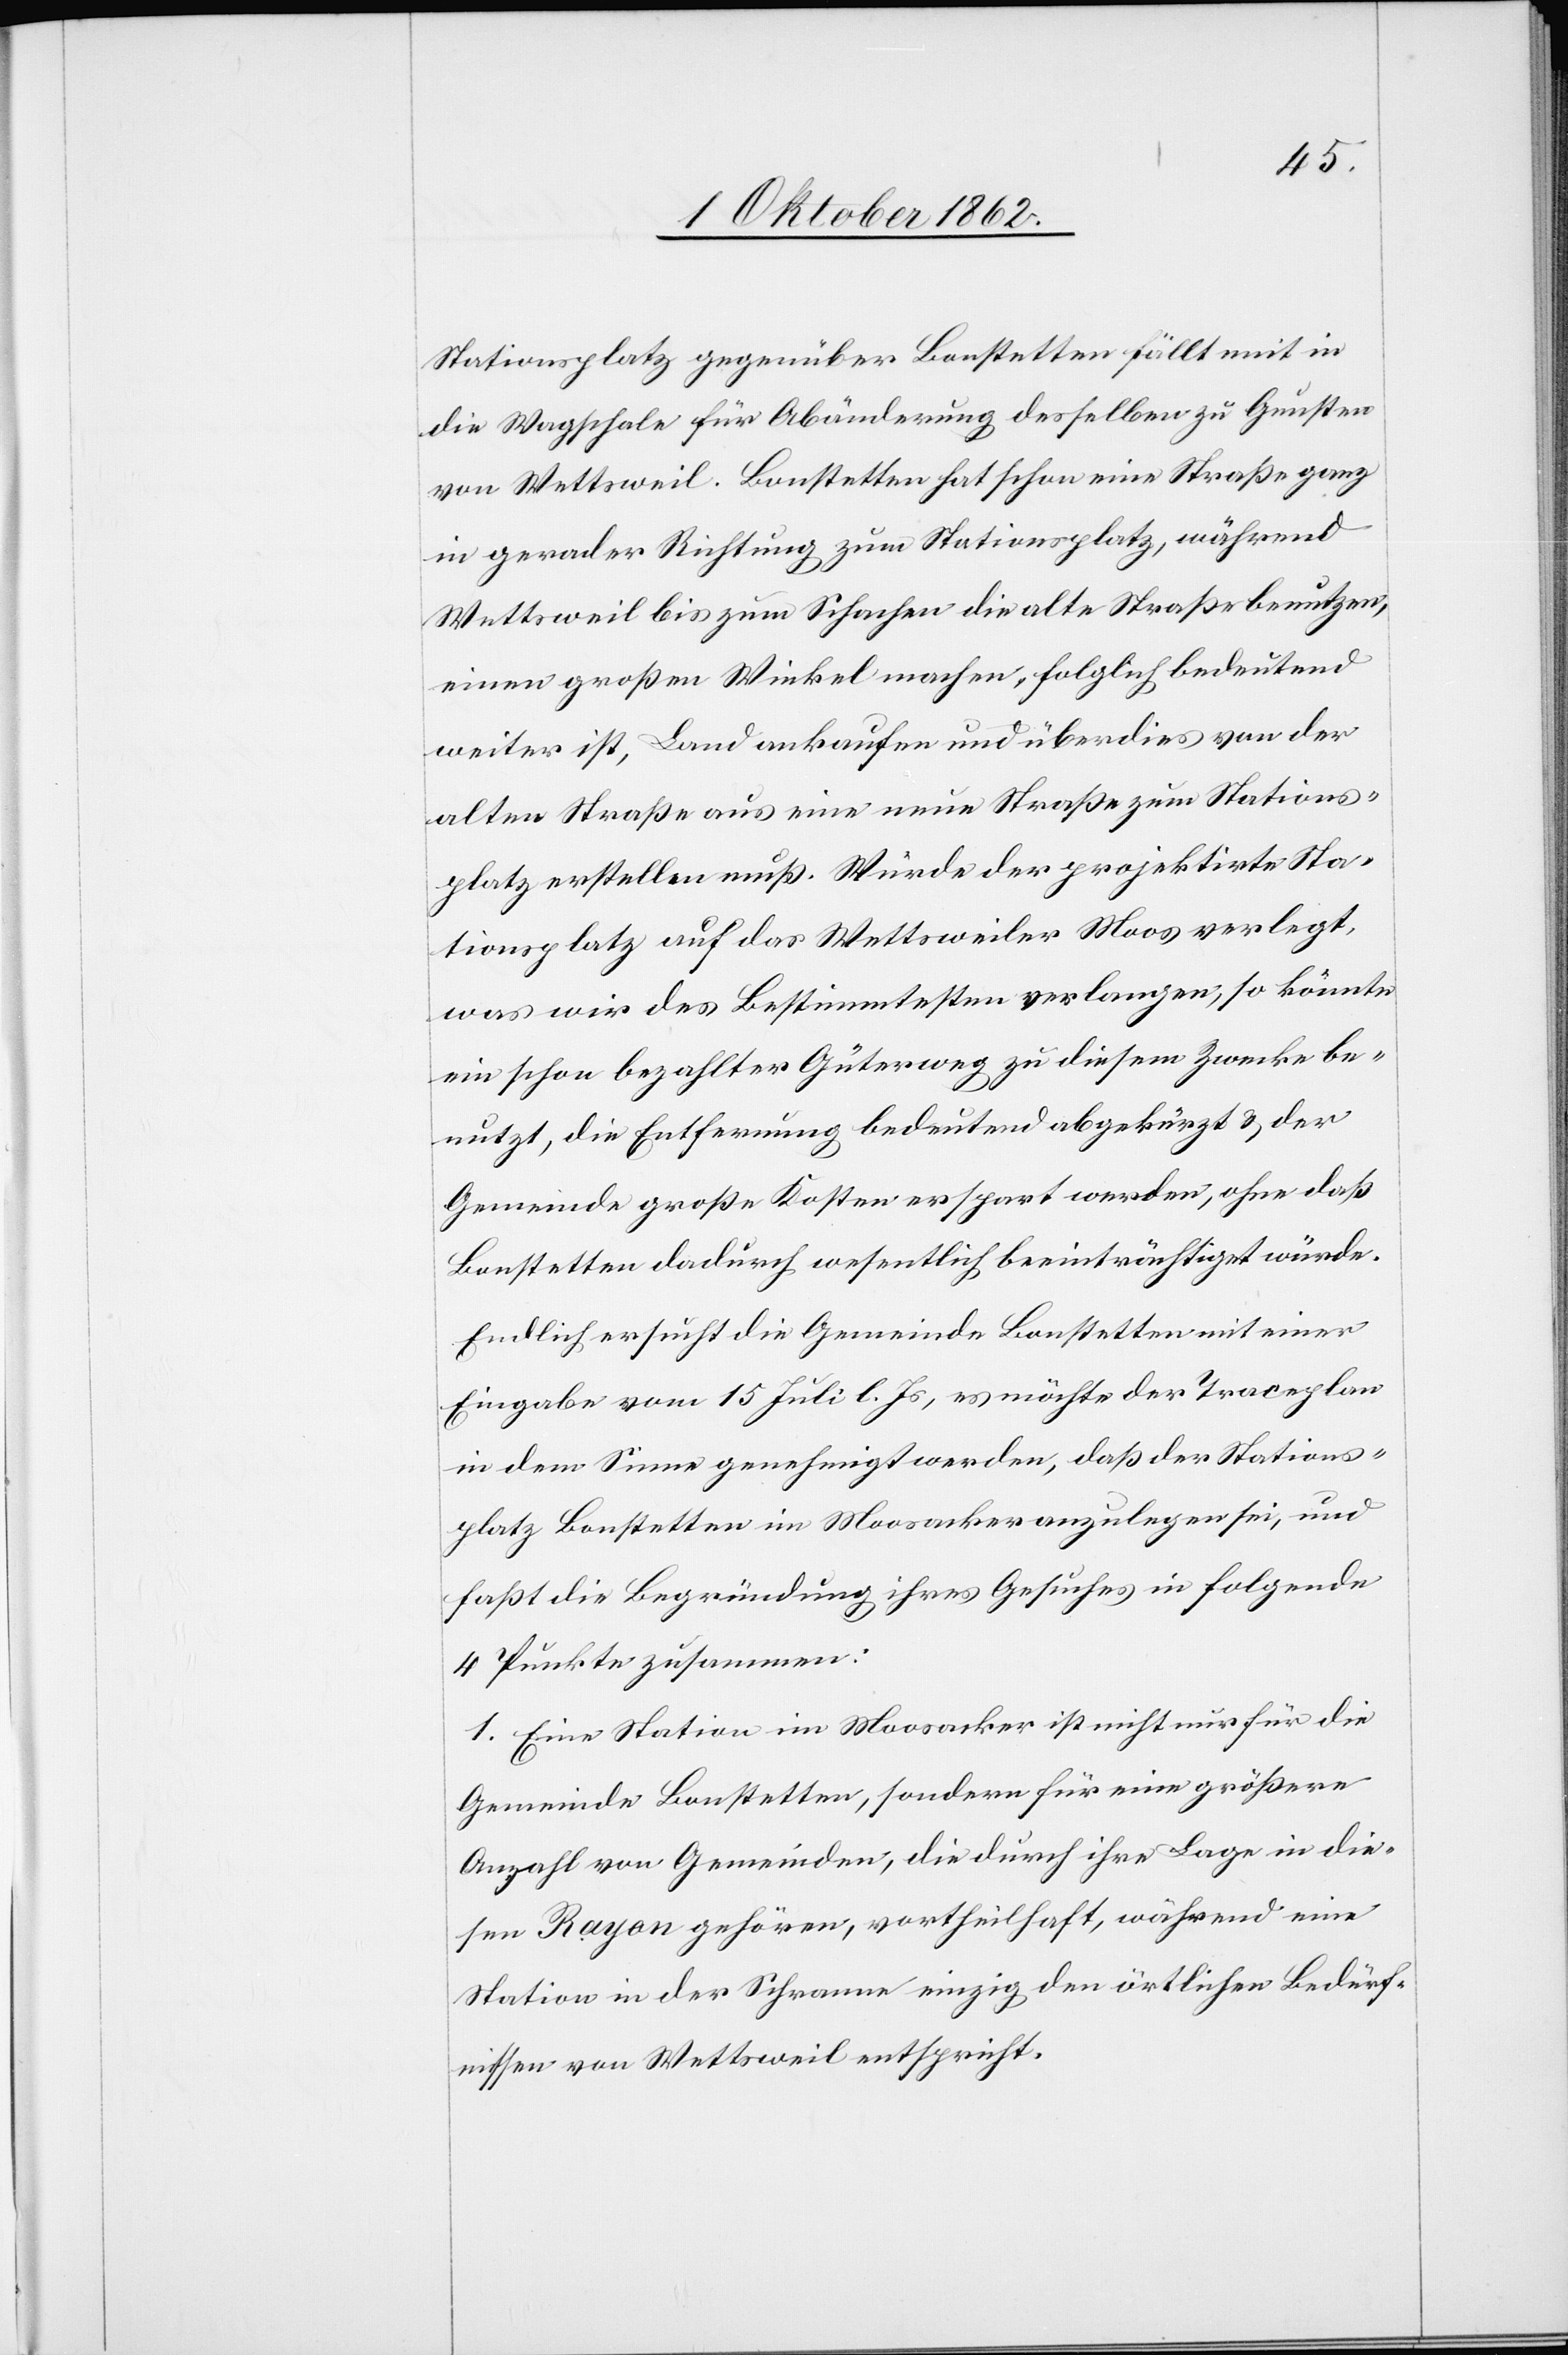
Stationsplatz gegenüber Bonstetten fällt mit in
die Wagschale für Abänderung desselben zu Gunsten
von Wettsweil. Bonstetten hat schon eine Straße ganz
in gerader Richtung zum Stationsplatz, während
Wettsweil bis zum Schachen die alte Straße benutzen,
einen großen Winkel machen, sorgfältig bedeutend
weiter ist, Land ankaufen und überdies von der
alten Straße aus eine neue Straße zum Stations¬
platz erstellen muß. Würde der projektirte Sta¬
tionsplatz auf das Wettsweiler Moos verlegt,
was wir des Bestimmtesten verlangen, so könnte
ein schon bezahlter Güterweg zu diesem Zwecke be¬
nutzt, die Entfernung bedeutend abgekürzt u. der
Gemeinde große Kosten erspart werden, ohne daß
Bonstetten dadurch wesentlich beeinträchtigt würde.
Endlich sucht die Gemeinde Bonstetten mit einer
Eingabe vom 15. Juli l. Js., es möchte der Traceplan
in dem Sinne genehmigt werden, daß der Stations¬
platz Bonstetten in Moosacker anzulegen sei, und
faßt die Begründung ihres Gesuches in folgende
4 Punkte zusammen:
1. Eine Station im Moosacker ist nicht nur für die
Gemeinde Bonstetten, sondern für eine größere
Anzahl von Gemeinden, die durch ihre Lage in die¬
sen Rayon gehören, vortheilhaft, während eine
Station in der Schrame einzig den örtlichen Bedürf¬
nissen von Wettsweil entspricht.